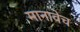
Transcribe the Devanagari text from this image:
मानावेच